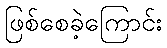
ဖြစ်စေခဲ့ကြောင်း